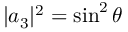
| a _ { 3 } | ^ { 2 } = \sin ^ { 2 } \theta